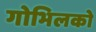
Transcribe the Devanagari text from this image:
गोभिलको